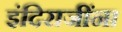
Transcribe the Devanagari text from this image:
इंदिराजींना